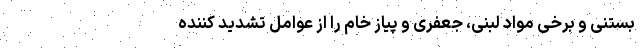
بستنی و برخی مواد لبنی، جعفری و پیاز خام را از عوامل تشدید کننده